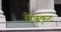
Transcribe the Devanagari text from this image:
रोजकट